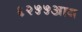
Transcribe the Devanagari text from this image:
६२५५आय